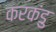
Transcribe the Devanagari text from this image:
करकंडु